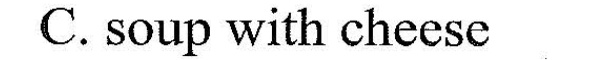
C.soup with sheese